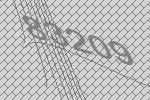
83209